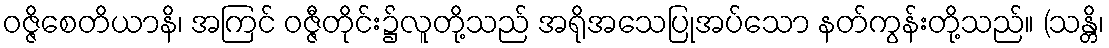
ဝဇ္ဇိစေတိယာနိ၊ အကြင် ဝဇ္ဇီတိုင်း၌လူတို့သည် အရိုအသေပြုအပ်သော နတ်ကွန်းတို့သည်။ (သန္တိ၊